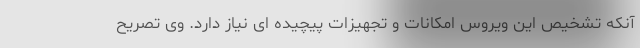
آنکه تشخیص این ویروس امکانات و تجهیزات پیچیده ای نیاز دارد. وی تصریح